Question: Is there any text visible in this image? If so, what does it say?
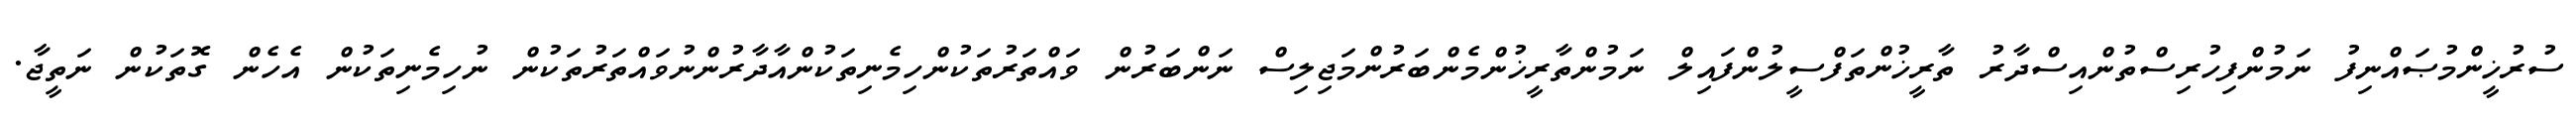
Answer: ސުރުޚީންމުޞައްނިފު ނަމުންފިހުރިސްތުންއިސްދާރު ތާރީޚުންތަފްސީލުންފައިލް ނަމުންތާރީޚުންމެންބަރުންމަޖިލިސް ނަންބަރުން ވައްތަރުތަކުންހިމެނިތަކުންއާދާރުންނުވައްތަރުތަކުން ނުހިމެނިތަކުން އެހެން ގޮތަކުން ނަތީޖާ.